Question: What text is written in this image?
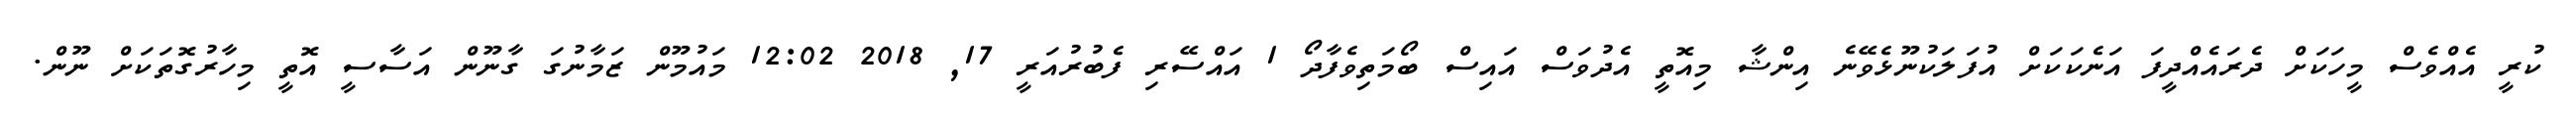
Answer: ކުރީ އެއްވެސް މީހަކަށް ދެރައެއްދީފަ އަނެކަކަށް އުފަލަކުނޫޅެވޭނެ އިންޝާ މިއޮތީ އެދުވަސް އައިސް ބޯމަތިވެފާދޯ 1 އައްސޭރި ފެބުރުއަރީ 17, 2018 12:02 މައުމޫން ޒަމާނުގަ ގާނޫން އަސާސީ އޮތީ މިހާރުގޮތަކަށް ނޫން.